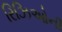
રિઝિઓની